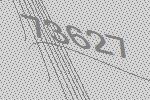
73627